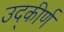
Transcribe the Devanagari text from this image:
उद्‌कीर्ण